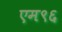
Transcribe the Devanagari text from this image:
एम९६